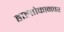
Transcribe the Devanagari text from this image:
हाल्तोकानवर